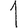
Digit: 1